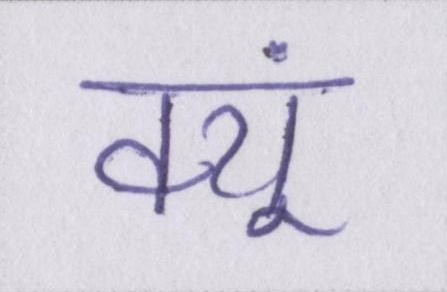
क्यूं